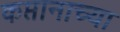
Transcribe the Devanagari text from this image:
कप्तानाच्या